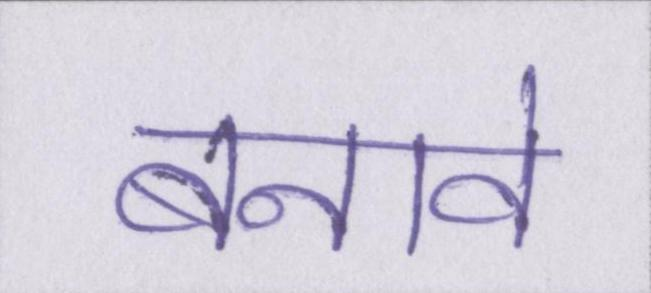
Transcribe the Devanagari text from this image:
बनावे